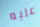
عليه